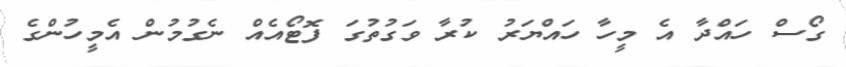
ގޯސް ހައްދާ އެ މީހާ ހައްޔަރު ކުރާ ވަގުތުގަ ފޮޓޯއެއް ނެގުމުން އެމީހުންގެ